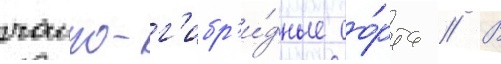
чаино-г'ибр'и́дные со́рта // В